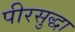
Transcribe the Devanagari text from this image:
पीरसुद्धा